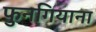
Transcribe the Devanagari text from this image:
फुनगियाना